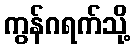
ကွန်ဂရက်သို့